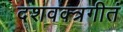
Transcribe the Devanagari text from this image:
दशवक्त्रगीतं